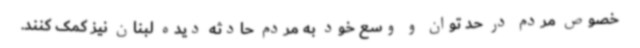
خصوص مردم در حد توان و وسع خود به مردم حادثه دیده لبنان نیز کمک کنند.